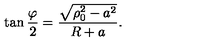
\tan { \frac { \varphi } { 2 } } = { \frac { \sqrt { \rho _ { 0 } ^ { 2 } - a ^ { 2 } } } { R + a } } .